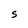
Character: S